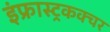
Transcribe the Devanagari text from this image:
इंफ्रास्ट्रकक्चर